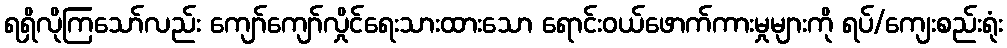
ရရှိလိုကြသော်လည်း ကျော်ကျော်လှိုင်ရေးသားထားသော ရောင်းဝယ်ဖောက်ကားမှုများကို ရပ်/ကျေးစည်းရုံး